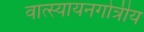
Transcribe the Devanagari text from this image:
वात्स्यायनगोत्रीय